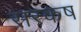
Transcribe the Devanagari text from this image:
सरकष